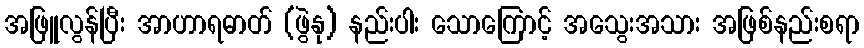
အဖြူလွန်ပြီး အာဟာရဓာတ် (ဖွဲနု) နည်းပါး သောကြောင့် အသွေးအသား အဖြစ်နည်းစရာ